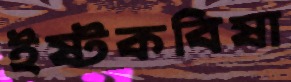
ইষ্টকবিষা